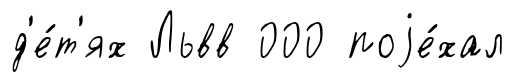
д'е́т'ях Львв 000 поjе́хал